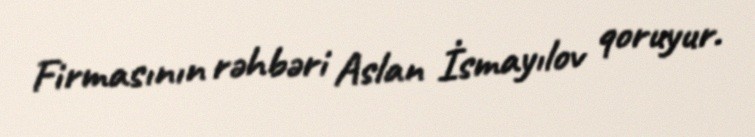
Firmasının rəhbəri Aslan İsmayılov qoruyur.